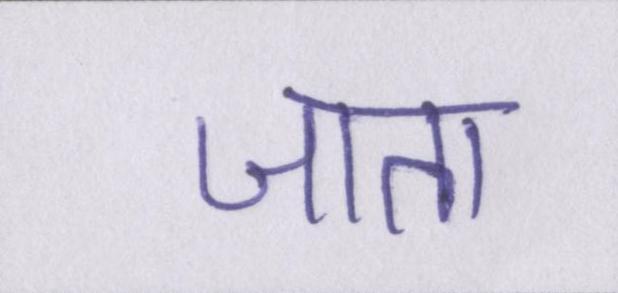
जाता